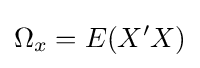
\Omega _{x}=E(X^{\prime }X)